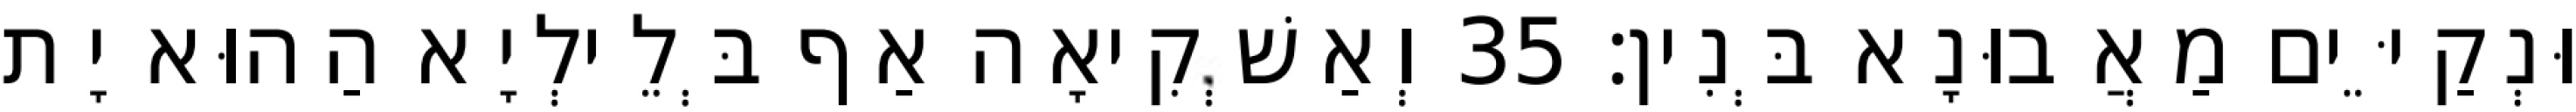
וּנְקַיֵּים מַאֲבוּנָא בְּנִין׃ 35 וְאַשְׁקִיאָה אַף בְּלֵילְיָא הַהוּא יָת